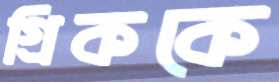
গ্রিককে